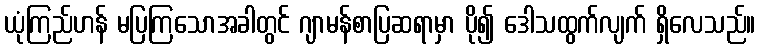
ယုံကြည်ဟန် မပြကြသောအခါတွင် ဂျာမန်စာပြဆရာမှာ ပို၍ ဒေါသထွက်လျက် ရှိလေသည်။